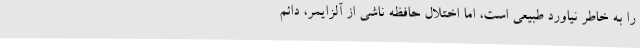
را به خاطر نیاورد طبیعی است، اما اختلال حافظه ناشی از آلزایمر، دائم